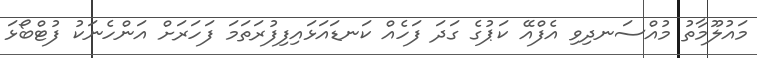
މައުލޫމާތު މުއްސަނދިވި އެފްއޭ ކަޕުގެ ގަދަ ފަހެއް ކަނޑައަޅައިފިފުރަތަމަ ފަހަރަށް އަންހެނަކު ފުޓްބޯޅަ